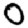
Digit: 0